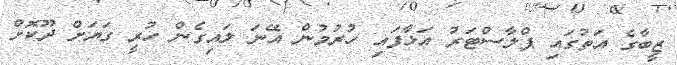
ޒީބާގެ އަތުގައި ޕްލާސްޓަރު އަޅާފައި ހުރުމުން އޭނަ ލައިގެން ހުރީ ގަޔަށް ދޫކޮށް